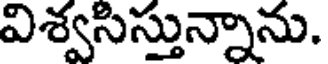
విశ్వసిస్తున్నాను.